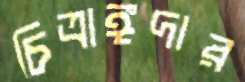
চিত্রাঙ্গদার